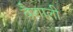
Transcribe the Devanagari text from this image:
बैशाली